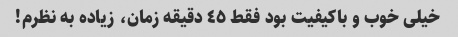
خیلی خوب و باکیفیت بود فقط ٤٥ دقیقه زمان، زیاده به نظرم!